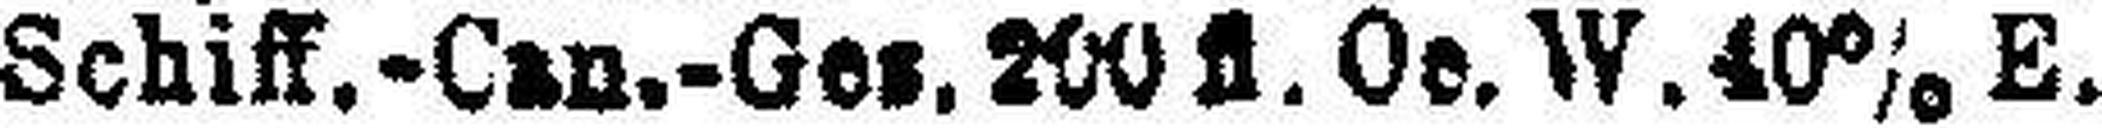
Schiff.-Can.-Ges. 200 fl. Oe. W. 40% E.